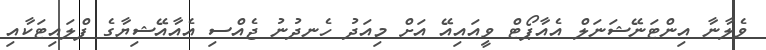
ވެލާނާ އިންޓަނޭޝަނަލް އެއާޕޯޓް ވީއައިއޭ އަށް މިއަދު ހެނދުނު ޖެއްސި އެއާއޭޝިޔާގެ ފްލައިޓަކާއި